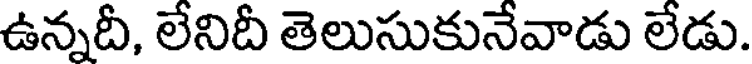
ఉన్నదీ, లేనిదీ తెలుసుకునేవాడు లేడు.